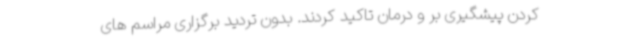
کردن پیشگیری بر و درمان تاکید کردند. بدون تردید برگزاری مراسم های